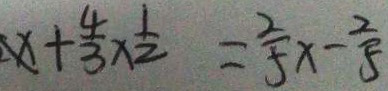
x + \frac { 4 } { 3 } \times \frac { 1 } { 2 } = \frac { 2 } { 5 } x - \frac { 2 } { 5 }